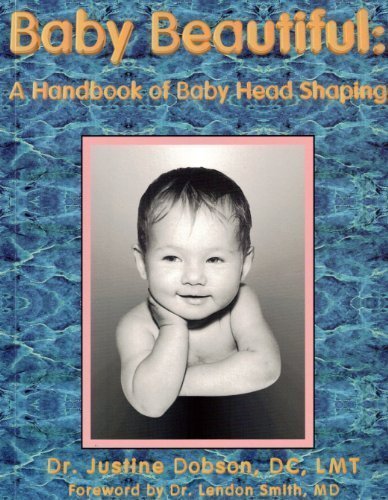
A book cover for Baby beautiful: A handbook of baby head shaping; Justine Dobson; Medical Books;